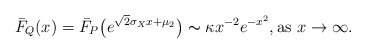
\begin{align*} \bar{F}_Q(x) = \bar{F}_P\big(e^{\sqrt{2}\sigma_X x + \mu_2}\big) \thicksim \kappa x^{-2} e^{-x^2}, \textrm{as } x \to \infty. \end{align*}